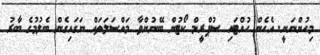
މިހުންނަނީ. އެހެން ހުއްޓައި ސުޕްރީމް ކޯޓުން ބޭނުންވާ މައްސަލަތައް ނަގައިގެން ބެލުމުގެ ބާރު